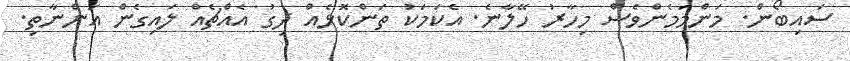
ސައިބޯން. މަންމަމެންވެސް މިހާރު ހޭލާނެ. އެކަމަކު ތަންކޮޅެއް ދިގު އެއްޗެއް ލައިގެން އަންނާތި.